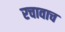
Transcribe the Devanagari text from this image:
रचावाच